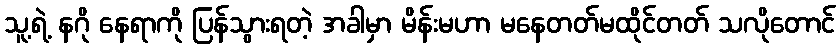
သူ့ရဲ့ နဂို နေရာကို ပြန်သွားရတဲ့ အခါမှာ မိန်းမဟာ မနေတတ်မထိုင်တတ် သလိုတောင်